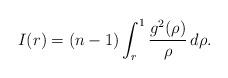
LaTeX: \begin{align*} I(r)=(n-1)\int_r^1 \frac{g^2(\rho)}{\rho}\,d\rho. \end{align*}